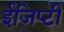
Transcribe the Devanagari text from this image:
ईजिप्टी